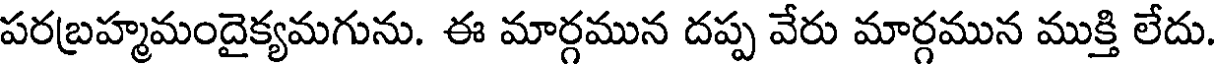
పరబ్రహ్మమందైక్యమగును. ఈ మార్గమున దప్ప వేరు మార్గమున ముక్తి లేదు.